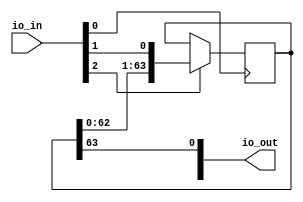
`default_nettype none

// Keep I/O fixed for TinyTapeout
module user_module_341202178192441940(
  input [7:0] io_in, 
  output [7:0] io_out
);

  reg [63:0] fifo;

  wire clk = io_in[0];
  wire din = io_in[1];
  wire en = io_in[2];

  assign io_out[0] = fifo[63];

  always @(posedge clk) begin
    if(en) begin
      fifo <= {fifo[62:0], din};
    end
  end
  
endmodule